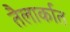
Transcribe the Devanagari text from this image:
तैलार्कात